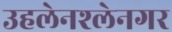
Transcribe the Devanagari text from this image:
उहलेनश्लेनगर